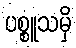
ပစ္စူသမှိ